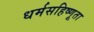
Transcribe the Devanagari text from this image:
धर्मसहिष्णूता